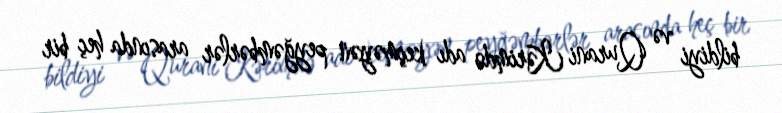
bildiyi və Qurani Kərimdə adı keçməyən peyğəmbərlər arasında heç bir